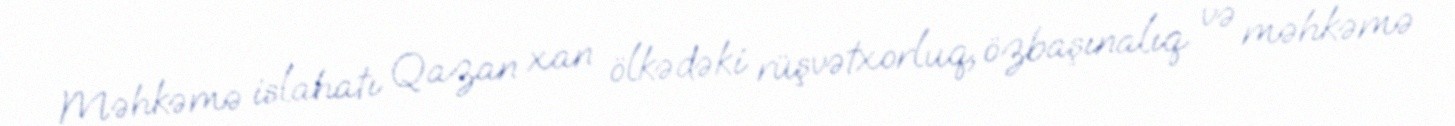
Məhkəmə islahatı Qazan xan ölkədəki rüşvətxorluq, özbaşınalıq və məhkəmə